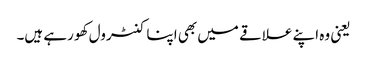
یعنی وہ اپنے علاقے میں بھی اپنا کنٹرول کھو رہے ہیں۔